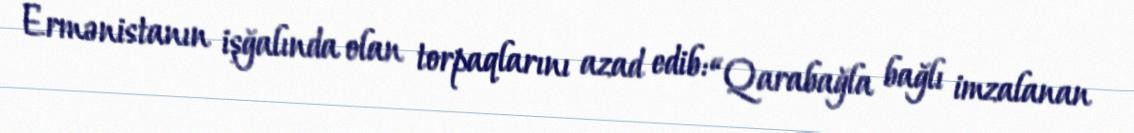
Ermənistanın işğalında olan torpaqlarını azad edib: “Qarabağla bağlı imzalanan